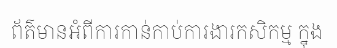
ព័ត៌មានអំពីការកាន់កាប់ការងារកសិកម្ម ក្នុង